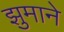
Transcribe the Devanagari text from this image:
झुमाने